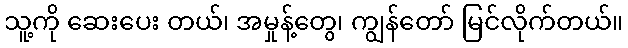
သူ့ကို ဆေးပေး တယ်၊ အမှုန့်တွေ၊ ကျွန်တော် မြင်လိုက်တယ်။